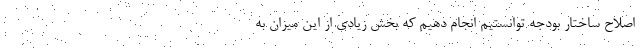
اصلاح ساختار بودجه توانستیم انجام دهیم که بخش زیادی از این میزان به